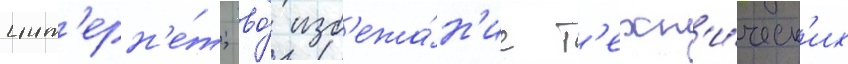
инт'ерн'е́т; во́ изб'ежа́н'ие т'ехн'и́ческ'их